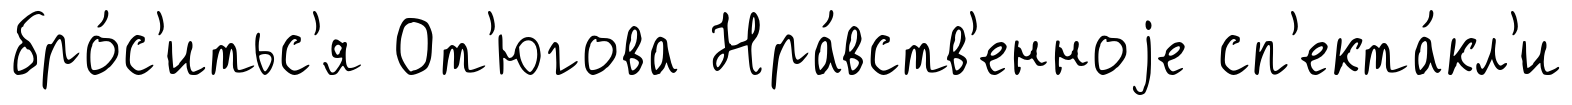
бро́с'итьс'я От'югова Нра́вств'енноjе сп'екта́кл'и